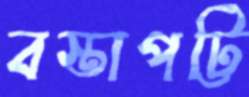
বস্তাপট্টি